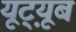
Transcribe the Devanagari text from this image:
यूट़्यूब